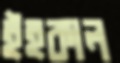
ইহকাল